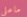
ماعلي